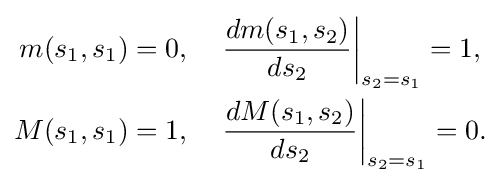
{\begin{aligned}m(s_{1},s_{1})&=0,\quad \left.{\frac {dm(s_{1},s_{2})}{ds_{2}}}\right|_{s_{2}=s_{1}}=1,\\M(s_{1},s_{1})&=1,\quad \left.{\frac {dM(s_{1},s_{2})}{ds_{2}}}\right|_{s_{2}=s_{1}}=0.\end{aligned}}